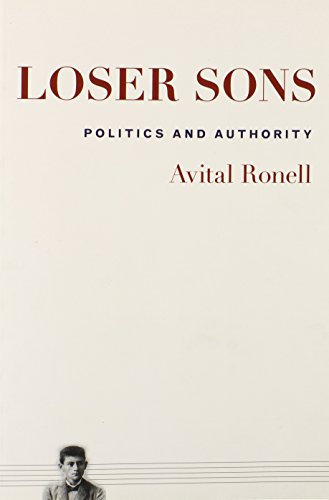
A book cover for Loser Sons: Politics and Authority; Avital Ronell; Gay & Lesbian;